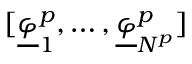
[ \underline { { \varphi } } _ { 1 } ^ { p } , \dots , \underline { { \varphi } } _ { N ^ { p } } ^ { p } ]